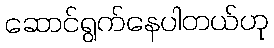
ဆောင်ရွက်နေပါတယ်ဟု